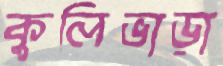
কুলিভাড়া